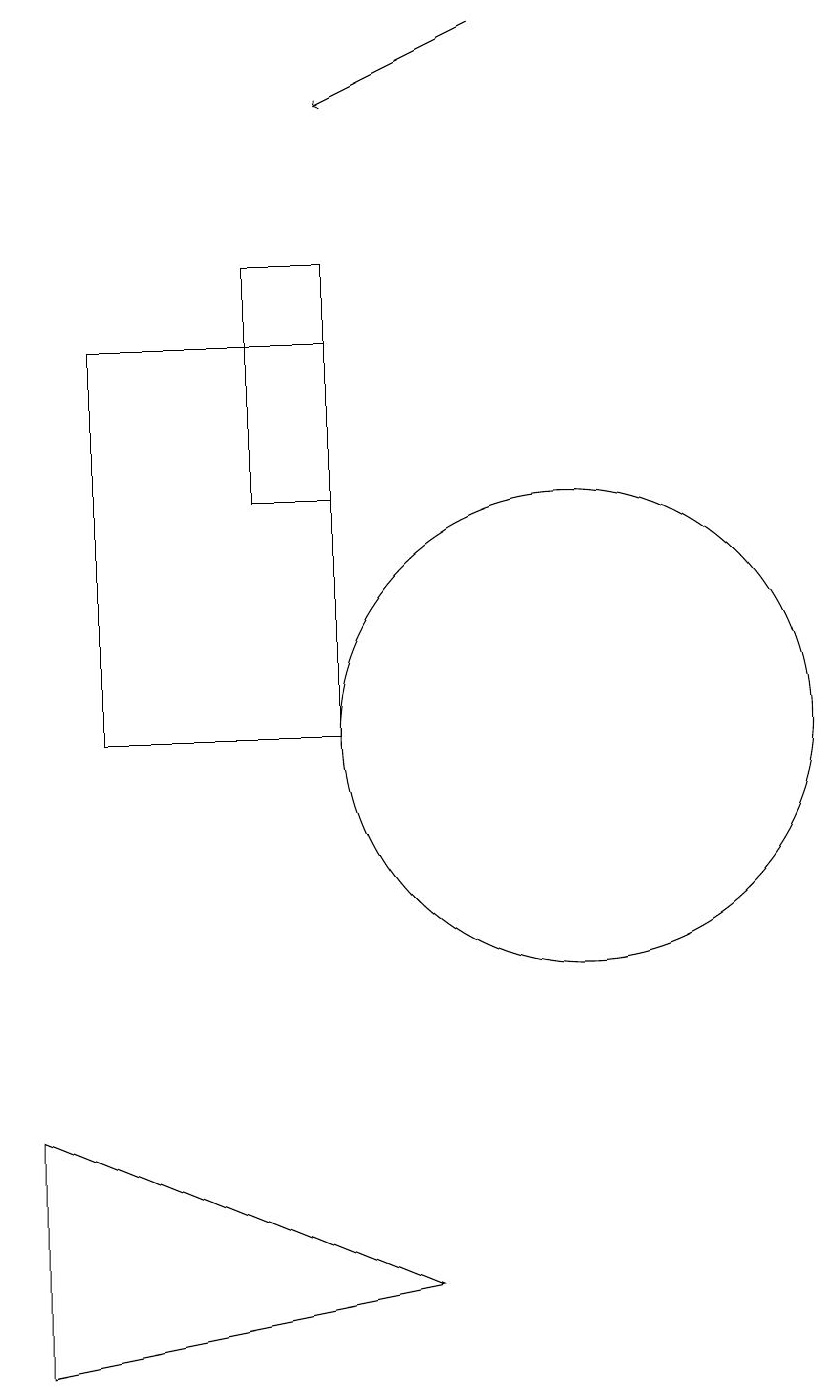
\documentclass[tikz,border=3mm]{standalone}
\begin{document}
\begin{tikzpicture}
\draw (4,15) rectangle (7,10);
\draw[->] (9,19) -- (7,18);
\draw (8,3) -- (3,2) -- (3,5) -- cycle;
\draw (10,10) circle (3);
\draw (7,16) rectangle (6,13);
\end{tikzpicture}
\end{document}